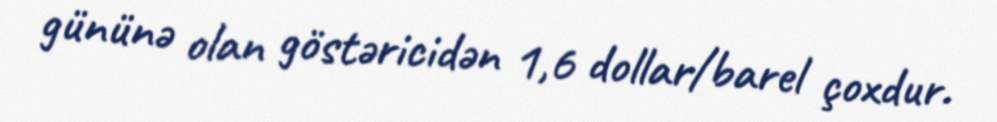
gününə olan göstəricidən 1,6 dollar/barel çoxdur.